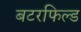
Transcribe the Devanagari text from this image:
बटरफिल्ड